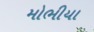
મોભીયા